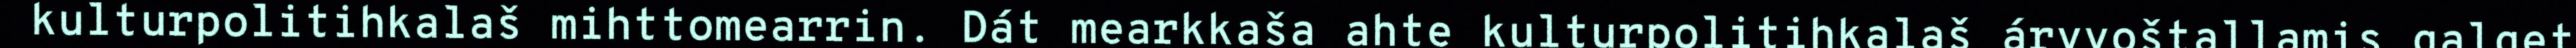
kulturpolitihkalaš mihttomearrin. Dát mearkkaša ahte kulturpolitihkalaš árvvoštallamis galget